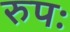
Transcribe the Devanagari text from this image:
रुपः